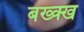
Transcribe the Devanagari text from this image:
बख्क्ख